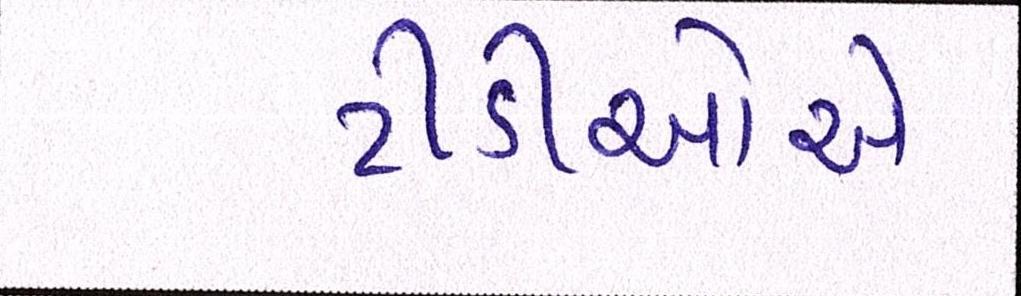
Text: ટીડીઓએ